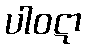
ပါဝဋာ